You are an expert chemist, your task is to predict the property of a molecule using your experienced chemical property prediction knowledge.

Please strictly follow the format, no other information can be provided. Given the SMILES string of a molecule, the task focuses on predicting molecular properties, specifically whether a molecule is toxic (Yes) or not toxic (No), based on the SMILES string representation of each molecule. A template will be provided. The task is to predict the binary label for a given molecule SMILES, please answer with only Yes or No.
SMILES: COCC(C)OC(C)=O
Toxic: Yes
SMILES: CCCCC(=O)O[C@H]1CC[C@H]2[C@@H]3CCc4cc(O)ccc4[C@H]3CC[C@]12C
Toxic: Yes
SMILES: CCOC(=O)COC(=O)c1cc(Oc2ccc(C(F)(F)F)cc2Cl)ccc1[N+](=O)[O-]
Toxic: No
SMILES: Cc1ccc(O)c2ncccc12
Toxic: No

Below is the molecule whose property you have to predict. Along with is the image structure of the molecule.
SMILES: CN[C@@H]1[C@@H](O)[C@@H](O[C@@H]2[C@@H](O)[C@H](O[C@H]3O[C@H](CN)[C@@H](O)[C@H](O)[C@H]3O)[C@@H](N)C[C@H]2NC(=O)C(O)CN)OC[C@]1(C)O
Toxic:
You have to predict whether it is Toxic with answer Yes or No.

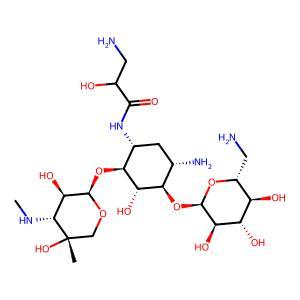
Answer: Yes